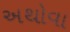
અથોવા